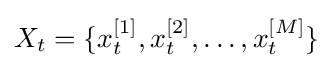
X_{t}=\lbrace x_{t}^{[1]},x_{t}^{[2]},\ldots ,x_{t}^{[M]}\rbrace